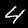
Digit: 4